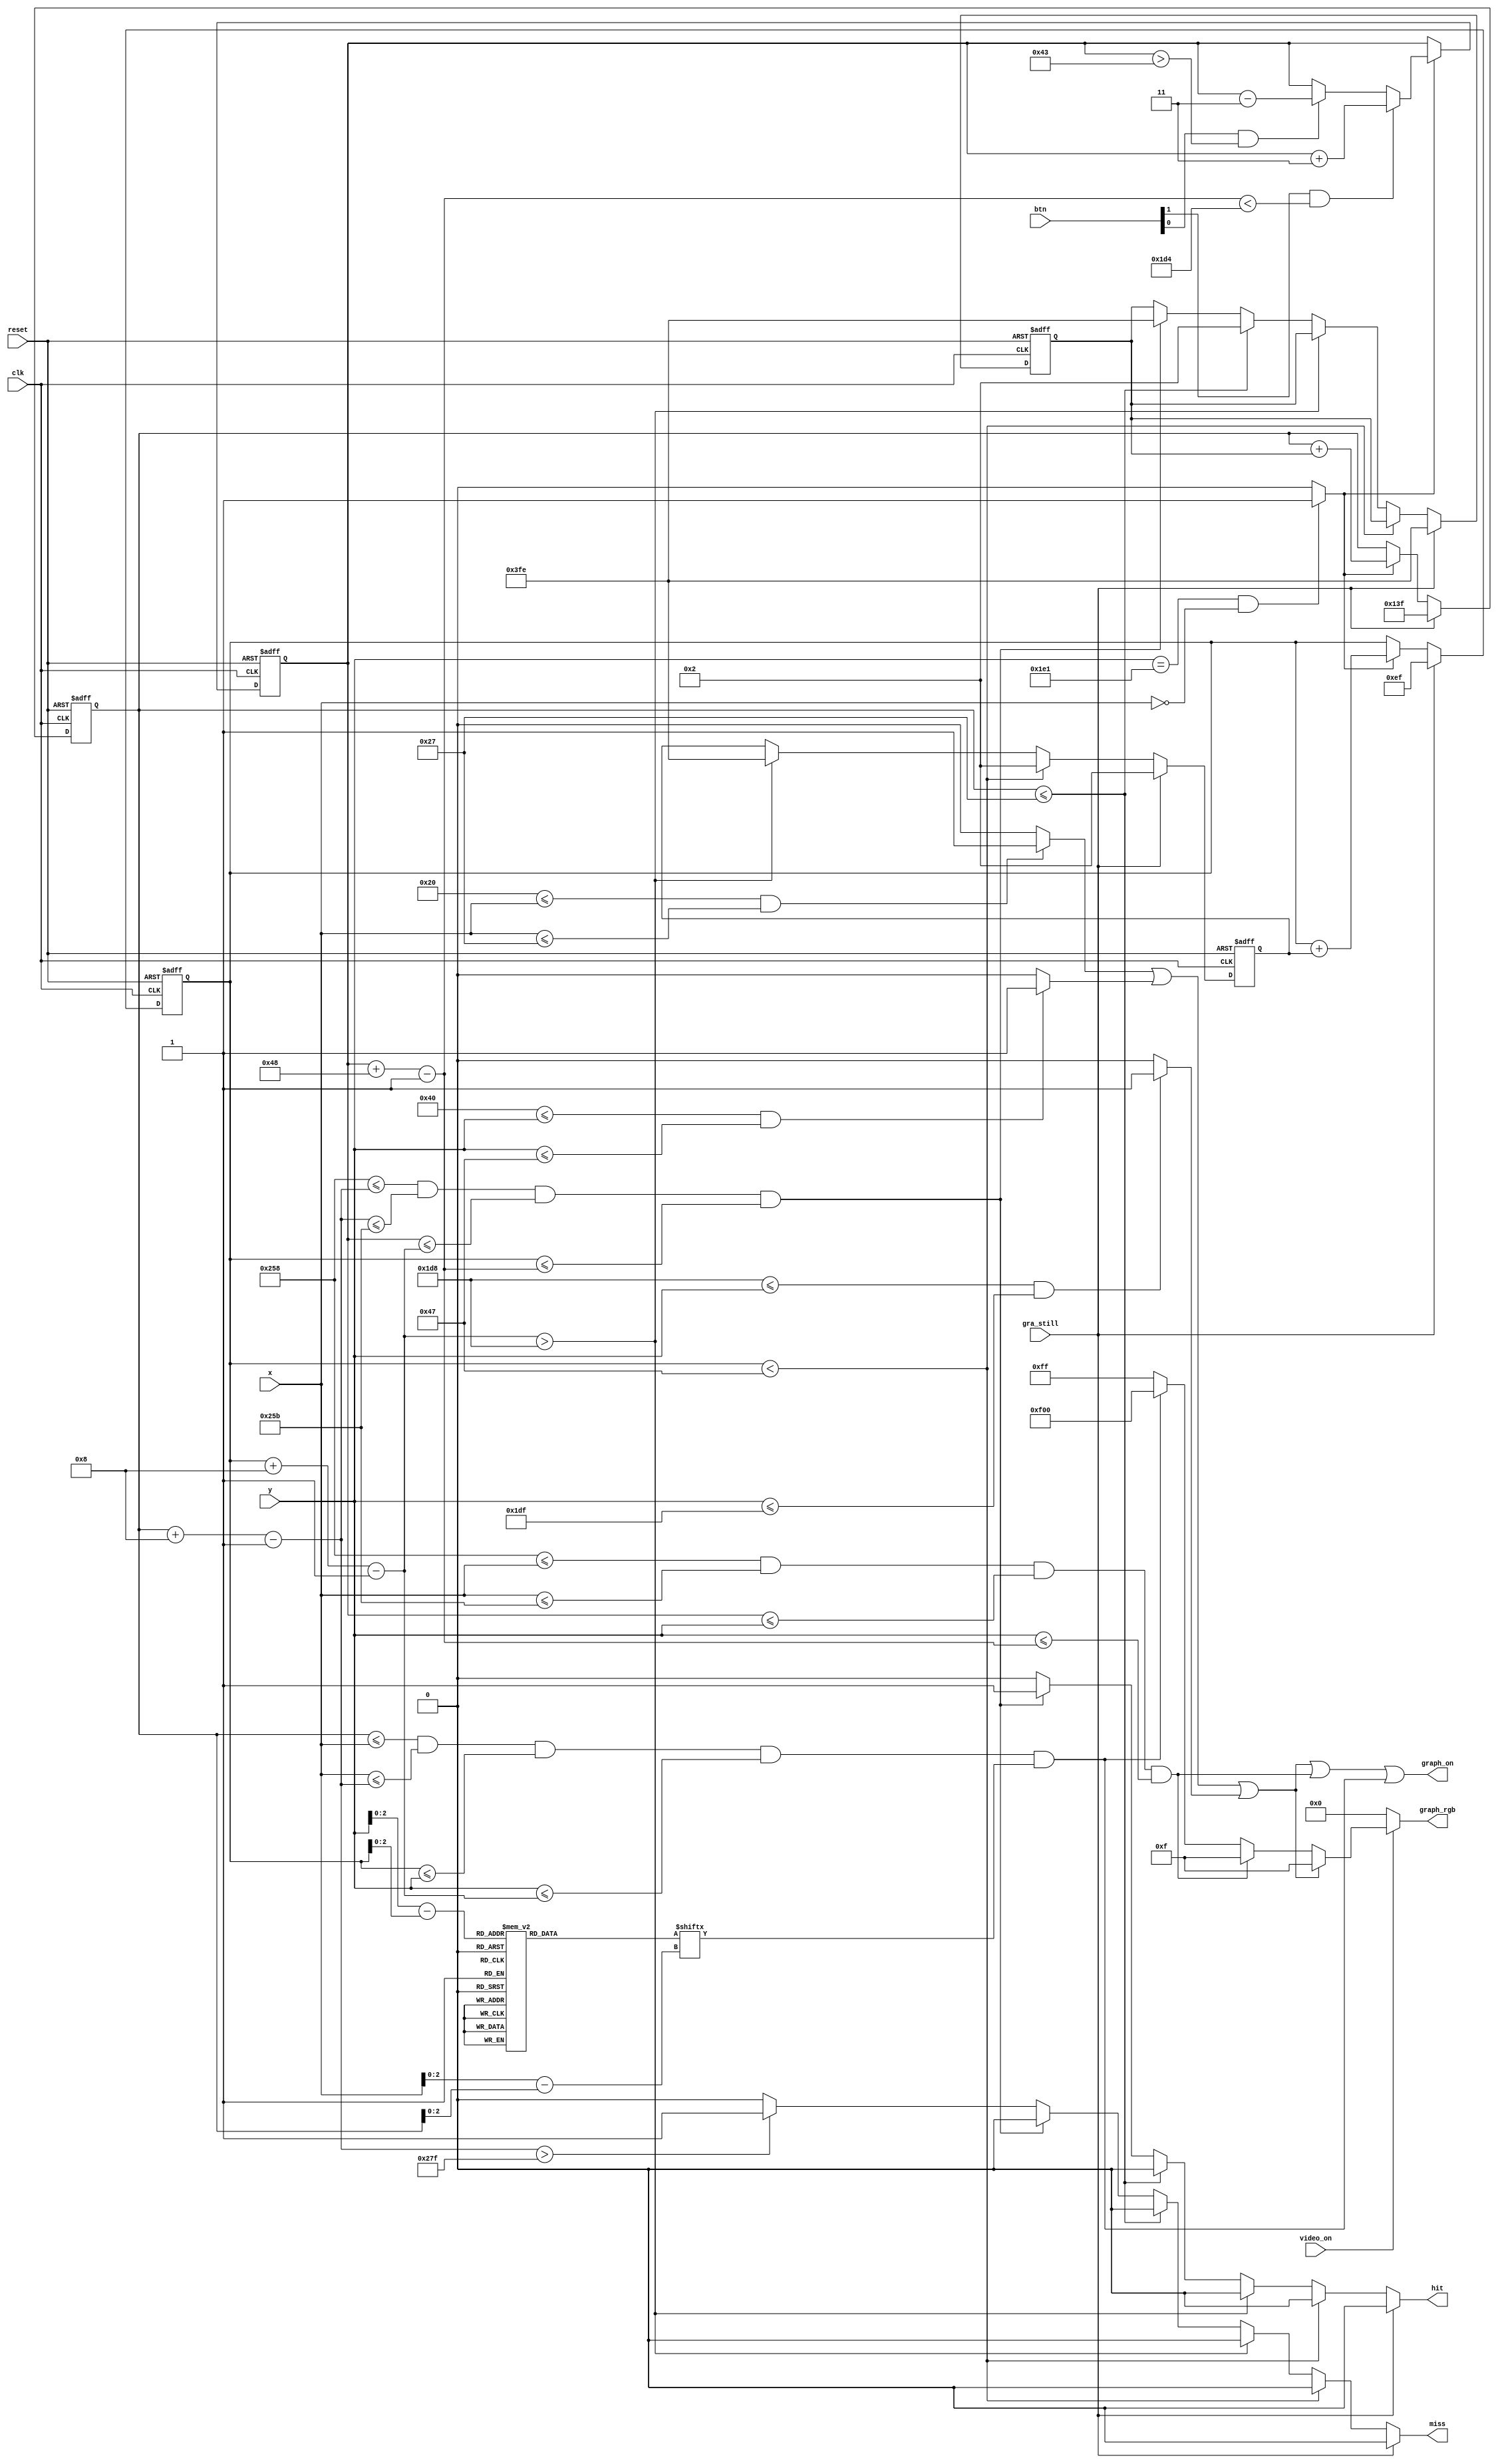
`timescale 1ns / 1ps
//////////////////////////////////////////////////////////////////////////////////
// Reference book: "FPGA Prototyping by Verilog Examples"
//                      "Xilinx Spartan-3 Version"
// Written by: Dr. Pong P. Chu
// Published by: Wiley, 2008
//
// Adapted for Basys 3 by David J. Marion aka FPGA Dude
//
//////////////////////////////////////////////////////////////////////////////////

module pong_graph(
    input clk,  
    input reset,    
    input [1:0] btn,        // btn[0] = up, btn[1] = down
    input gra_still,        // still graphics - newgame, game over states
    input video_on,
    input [9:0] x,
    input [9:0] y,
    output graph_on,
    output reg hit, miss,   // ball hit or miss
    output reg [11:0] graph_rgb
    );
    
    // maximum x, y values in display area
    parameter X_MAX = 639;
    parameter Y_MAX = 479;
    
    // create 60Hz refresh tick
    wire refresh_tick;
    assign refresh_tick = ((y == 481) && (x == 0)) ? 1 : 0; // start of vsync(vertical retrace)
    
    
    // WALLS
    // LEFT wall boundaries
    parameter L_WALL_L = 32;    
    parameter L_WALL_R = 39;    // 8 pixels wide
    // TOP wall boundaries
    parameter T_WALL_T = 64;    
    parameter T_WALL_B = 71;    // 8 pixels wide
    // BOTTOM wall boundaries
    parameter B_WALL_T = 472;    
    parameter B_WALL_B = 479;    // 8 pixels wide
    
    
    
    // PADDLE
    // paddle horizontal boundaries
    parameter X_PAD_L = 600;
    parameter X_PAD_R = 603;    // 4 pixels wide
    // paddle vertical boundary signals
    wire [9:0] y_pad_t, y_pad_b;
    parameter PAD_HEIGHT = 72;  // 72 pixels high
    // register to track top boundary and buffer
    reg [9:0] y_pad_reg = 204;      // Paddle starting position
    reg [9:0] y_pad_next;
    // paddle moving velocity when a button is pressed
    parameter PAD_VELOCITY = 3;     // change to speed up or slow down paddle movement
    
    
    // BALL
    // square rom boundaries
    parameter BALL_SIZE = 8;
    // ball horizontal boundary signals
    wire [9:0] x_ball_l, x_ball_r;
    // ball vertical boundary signals
    wire [9:0] y_ball_t, y_ball_b;
    // register to track top left position
    reg [9:0] y_ball_reg, x_ball_reg;
    // signals for register buffer
    wire [9:0] y_ball_next, x_ball_next;
    // registers to track ball speed and buffers
    reg [9:0] x_delta_reg, x_delta_next;
    reg [9:0] y_delta_reg, y_delta_next;
    // positive or negative ball velocity
    parameter BALL_VELOCITY_POS = 2;    // ball speed positive pixel direction(down, right)
    parameter BALL_VELOCITY_NEG = -2;   // ball speed negative pixel direction(up, left)
    // round ball from square image
    wire [2:0] rom_addr, rom_col;   // 3-bit rom address and rom column
    reg [7:0] rom_data;             // data at current rom address
    wire rom_bit;                   // signify when rom data is 1 or 0 for ball rgb control
    
    
    // Register Control
    always @(posedge clk or posedge reset)
        if(reset) begin
            y_pad_reg <= 204;
            x_ball_reg <= 0;
            y_ball_reg <= 0;
            x_delta_reg <= 10'h002;
            y_delta_reg <= 10'h002;
        end
        else begin
            y_pad_reg <= y_pad_next;
            x_ball_reg <= x_ball_next;
            y_ball_reg <= y_ball_next;
            x_delta_reg <= x_delta_next;
            y_delta_reg <= y_delta_next;
        end
    
    
    // ball rom
    always @*
        case(rom_addr)
            3'b000 :    rom_data = 8'b00111100; //   ****  
            3'b001 :    rom_data = 8'b01111110; //  ******
            3'b010 :    rom_data = 8'b11111111; // ********
            3'b011 :    rom_data = 8'b11111111; // ********
            3'b100 :    rom_data = 8'b11111111; // ********
            3'b101 :    rom_data = 8'b11111111; // ********
            3'b110 :    rom_data = 8'b01111110; //  ******
            3'b111 :    rom_data = 8'b00111100; //   ****
        endcase
    
    
    // OBJECT STATUS SIGNALS
    wire l_wall_on, t_wall_on, b_wall_on, pad_on, sq_ball_on, ball_on;
    wire [11:0] wall_rgb, pad_rgb, ball_rgb, bg_rgb;
    
    
    // pixel within wall boundaries
    assign l_wall_on = ((L_WALL_L <= x) && (x <= L_WALL_R)) ? 1 : 0;
    assign t_wall_on = ((T_WALL_T <= y) && (y <= T_WALL_B)) ? 1 : 0;
    assign b_wall_on = ((B_WALL_T <= y) && (y <= B_WALL_B)) ? 1 : 0;
    
    
    // assign object colors
    assign wall_rgb   = 12'h00F;    // blue walls
    assign pad_rgb    = 12'h00F;    // blue paddle
    assign ball_rgb   = 12'hF00;    // red ball
    assign bg_rgb     = 12'h0FF;    // aqua background
    
    
    // paddle 
    assign y_pad_t = y_pad_reg;                             // paddle top position
    assign y_pad_b = y_pad_t + PAD_HEIGHT - 1;              // paddle bottom position
    assign pad_on = (X_PAD_L <= x) && (x <= X_PAD_R) &&     // pixel within paddle boundaries
                    (y_pad_t <= y) && (y <= y_pad_b);
       
                    
    // Paddle Control
    always @* begin
        y_pad_next = y_pad_reg;     // no move
        
        if(refresh_tick)
            if(btn[1] & (y_pad_b < (B_WALL_T - 1 - PAD_VELOCITY)))
                y_pad_next = y_pad_reg + PAD_VELOCITY;  // move down
            else if(btn[0] & (y_pad_t > (T_WALL_B - 1 - PAD_VELOCITY)))
                y_pad_next = y_pad_reg - PAD_VELOCITY;  // move up
    end
    
    
    // rom data square boundaries
    assign x_ball_l = x_ball_reg;
    assign y_ball_t = y_ball_reg;
    assign x_ball_r = x_ball_l + BALL_SIZE - 1;
    assign y_ball_b = y_ball_t + BALL_SIZE - 1;
    // pixel within rom square boundaries
    assign sq_ball_on = (x_ball_l <= x) && (x <= x_ball_r) &&
                        (y_ball_t <= y) && (y <= y_ball_b);
    // map current pixel location to rom addr/col
    assign rom_addr = y[2:0] - y_ball_t[2:0];   // 3-bit address
    assign rom_col = x[2:0] - x_ball_l[2:0];    // 3-bit column index
    assign rom_bit = rom_data[rom_col];         // 1-bit signal rom data by column
    // pixel within round ball
    assign ball_on = sq_ball_on & rom_bit;      // within square boundaries AND rom data bit == 1
 
  
    // new ball position
    assign x_ball_next = (gra_still) ? X_MAX / 2 :
                         (refresh_tick) ? x_ball_reg + x_delta_reg : x_ball_reg;
    assign y_ball_next = (gra_still) ? Y_MAX / 2 :
                         (refresh_tick) ? y_ball_reg + y_delta_reg : y_ball_reg;
    
    // change ball direction after collision
    always @* begin
        hit = 1'b0;
        miss = 1'b0;
        x_delta_next = x_delta_reg;
        y_delta_next = y_delta_reg;
        
        if(gra_still) begin
            x_delta_next = BALL_VELOCITY_NEG;
            y_delta_next = BALL_VELOCITY_POS;
        end
        
        else if(y_ball_t < T_WALL_B)                   // reach top
            y_delta_next = BALL_VELOCITY_POS;   // move down
        
        else if(y_ball_b > (B_WALL_T))         // reach bottom wall
            y_delta_next = BALL_VELOCITY_NEG;   // move up
        
        else if(x_ball_l <= L_WALL_R)           // reach left wall
            x_delta_next = BALL_VELOCITY_POS;   // move right
        
        else if((X_PAD_L <= x_ball_r) && (x_ball_r <= X_PAD_R) &&
                (y_pad_t <= y_ball_b) && (y_ball_t <= y_pad_b)) begin
                    x_delta_next = BALL_VELOCITY_NEG;
                    hit = 1'b1;         
        end
        
        else if(x_ball_r > X_MAX)
            miss = 1'b1;
    end                    
    
    // output status signal for graphics 
    assign graph_on = l_wall_on | t_wall_on | b_wall_on | pad_on | ball_on;
    
    
    // rgb multiplexing circuit
    always @*
        if(~video_on)
            graph_rgb = 12'h000;      // no value, blank
        else
            if(l_wall_on | t_wall_on | b_wall_on)
                graph_rgb = wall_rgb;     // wall color
            else if(pad_on)
                graph_rgb = pad_rgb;      // paddle color
            else if(ball_on)
                graph_rgb = ball_rgb;     // ball color
            else
                graph_rgb = bg_rgb;       // background
       
endmodule